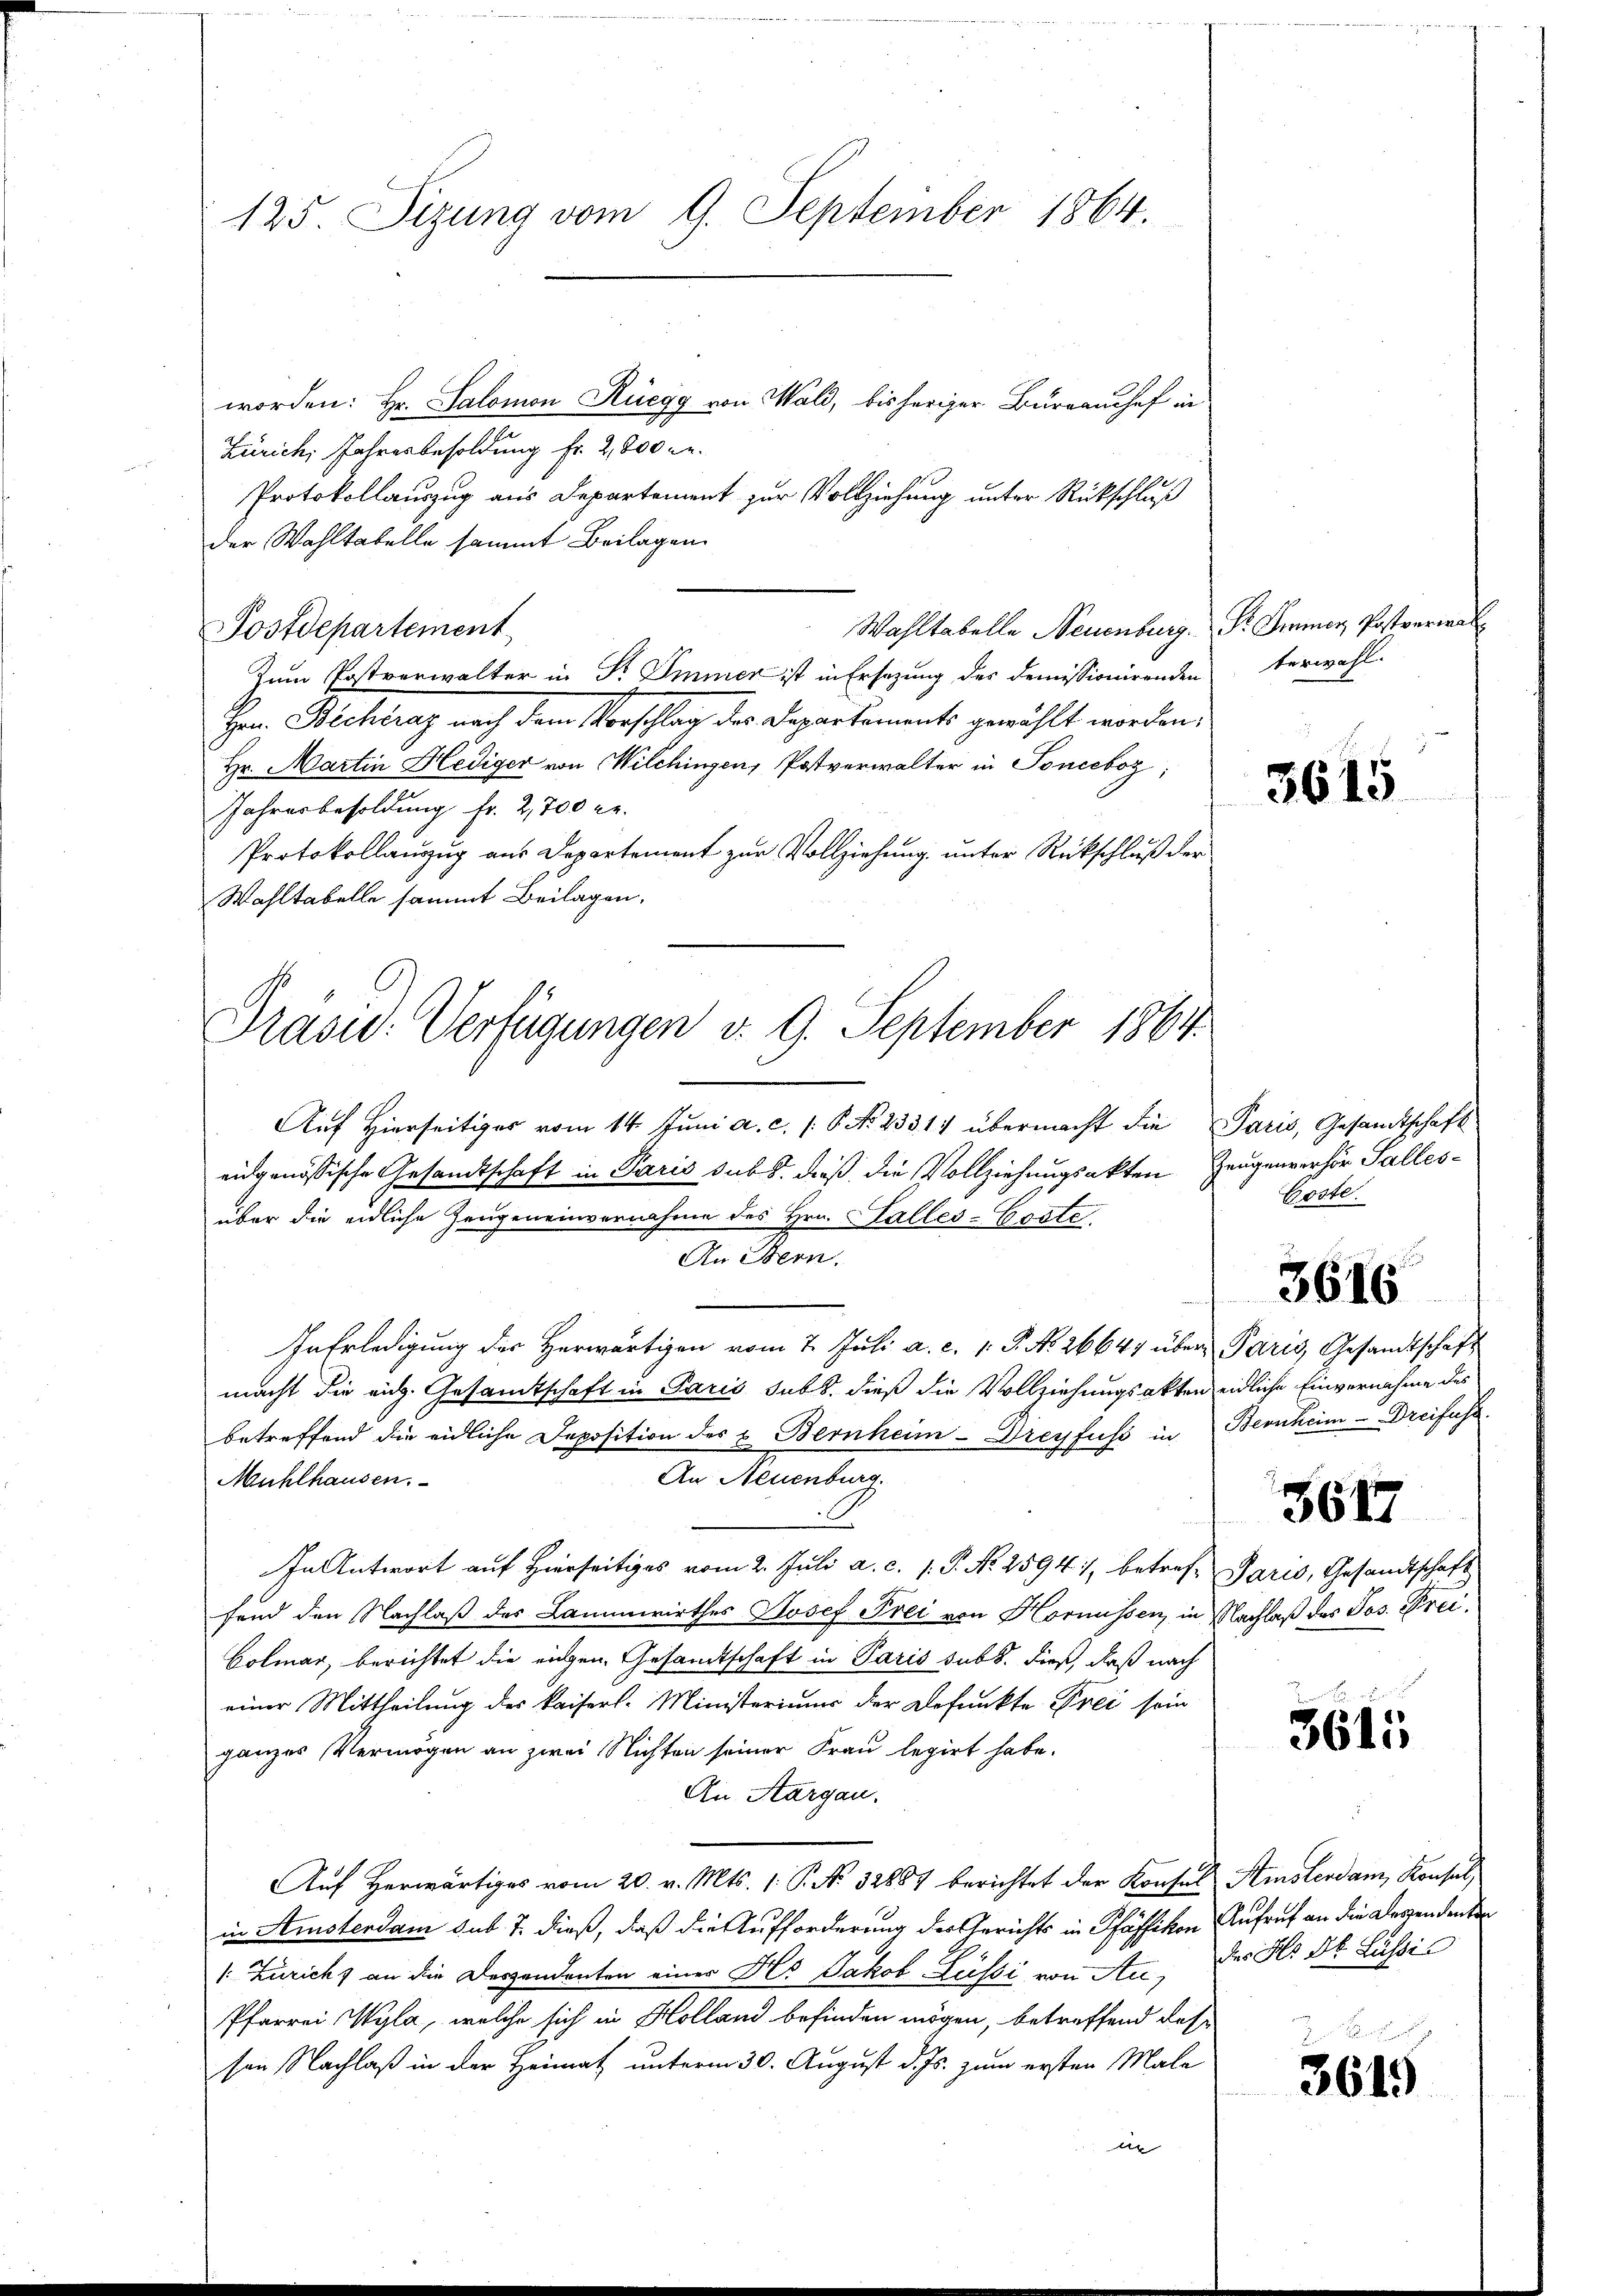
125. Sizung vom 9. September 1864.

worden: Hr. Salomon Rüegg von Wald, bisheriger Bureauchef in
Zürich, Jahresbesoldung fr. 2800 c.
Protokollauszug aus Departement zur Vollziehung unter Rückschluß
der Wahltabelle sammt Beilagen
Wahltabelle Neuenburg. Pr. Immer, Postverwal
Postdepartement
Zum Postverwalter in S. Immer ist in Ersezung des demissionirenden
Herr Bachtrag nach dem Vorschlag des Departements gewählt worden.
Hr. Martin Hediger von Wilchingen, Postverwalter in Sonccboz;
Jahresbesoldung fr. 2,700 c.
Protokollanzug aus Departement zur Vollziehung unter Rückschluß der
Wahltabelle sammt Beilagen.
Auf Hierseitiges vom 14. Juni a. c. /: P. Nr. 2331) übermacht die Paris, Gesandtschaft
eidgenössische Gesandtschaft in Paris subs, dieß die Vollziehungsakten Zeugenverhör Pallesüber die eidliche Zeugeneinvernahme des Hrn. Calles-Coste.
An Stern.
nErledigung der Herwärtigen vom 7. Juli a. c. 1. P. No. 26641 über Paris Gesandtschaft
macht die eich. Gesandtschaft in Paris subs, dieß die Vollziehungsakten eidliche Einvernahme des
betreffend die eidliche Deposition des u. Bernheim- Dreyfuss in Bernheim - Dreifuhr.
An Menten.
Mühlhausen.
In Antwort auf Hierseitiges vom 2. Juli a. c. s. P. No. 2594, betreff Paris, Gesandtschaft
fand den Nachlaß des Lammwirthes Josef Frei von Hornüssen, in Nachlaß des Jos. Frei¬
Colmar, berichtet die eichen Gesandtschaft in Paris subt. dieß, daß nach
einer Mittheilung des kaiserl. Ministeriums der Befunkte Frei sein
ganzes Vermögen an zwei Nichten seiner Frau legirt habe.
An Aargau.
Auf herwärtiges vom 20. v. Mts. 1. P. No. 32887 berichtet der Konsul Ainsterdam Konsul
in Amsterdam sub. 7. dieß, daß die Aufforderung der Gerichts in Pfäffikon Aufruf an die Dessendenten
Zuricht an die Derzendenten einer Hs. Jakob Lusti von An- der Hr. Dr. Lussic
Pfarrei Wyla, welche sich in Holland befinden mögen, betreffend des
sen Nachlaß in der Heimat unterm 30. August d. Js. zum ersten Male
x

Präsid. Verfügungen d. 9. September 1864.

terwahl.

3615

Coste.

3616

3617

3611

3619